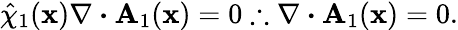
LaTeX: \hat{\chi}_{1}(\textbf{x})\nabla\boldsymbol{\cdot}\textbf{A}_{1}(\textbf{x})=0\therefore\nabla\boldsymbol{\cdot}\textbf{A}_{1}(\textbf{x})=0.